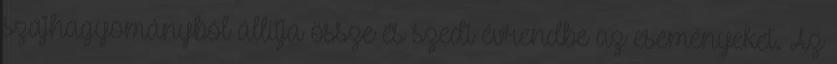
szájhagyományból állítja össze és szedi évrendbe az eseményeket. Az